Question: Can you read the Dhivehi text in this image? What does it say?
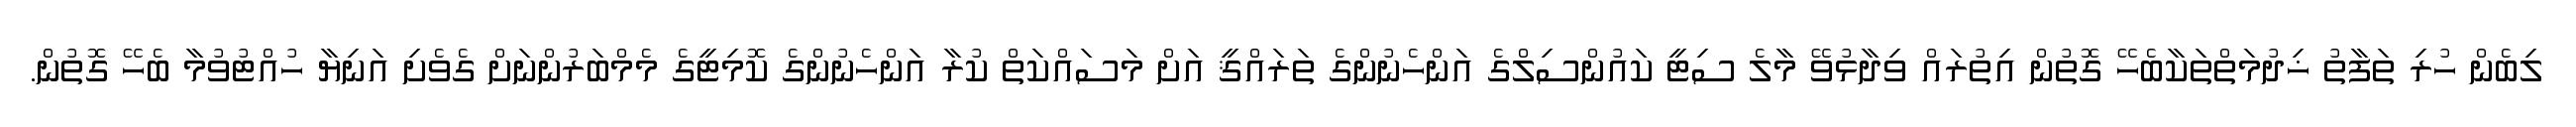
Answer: ލިބެން ހުރި ތަފާތު ޚިދުމަތްތަކާބެހޭ ގޮތުން އިތުރައް ވިދާޅުވޭ މާލެ ސިޓީ ކައުންސިލްގެ އަންހެނުންގެ ތަރައްޤީ އަށް މަސައްކަތް ކުރާ އަންހެނުންގެ ކޮމިޓީގެ މެމްބަރުންނަށް ގެވެށި އަނިޔާ ހުއްޓުވުމާ ބެހޭ ގޮތުން.